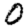
Digit: 0